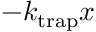
- k _ { \mathrm { t r a p } } x